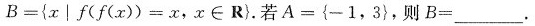
$$B = { x | f ( f ( x )) = x,x \in R }$$.若$$A = { - 1 , 3 },则B = ___$$.